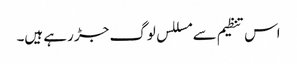
اس تنظیم سے مسللس لوگ جڑ رہے ہیں۔